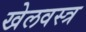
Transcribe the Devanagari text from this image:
खेलवस्त्र